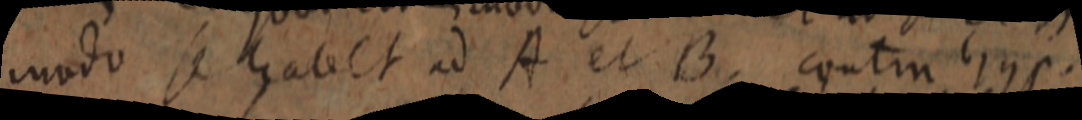
muodo se habet ad A. et B contin luse